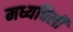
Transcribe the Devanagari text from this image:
मध्यचिली